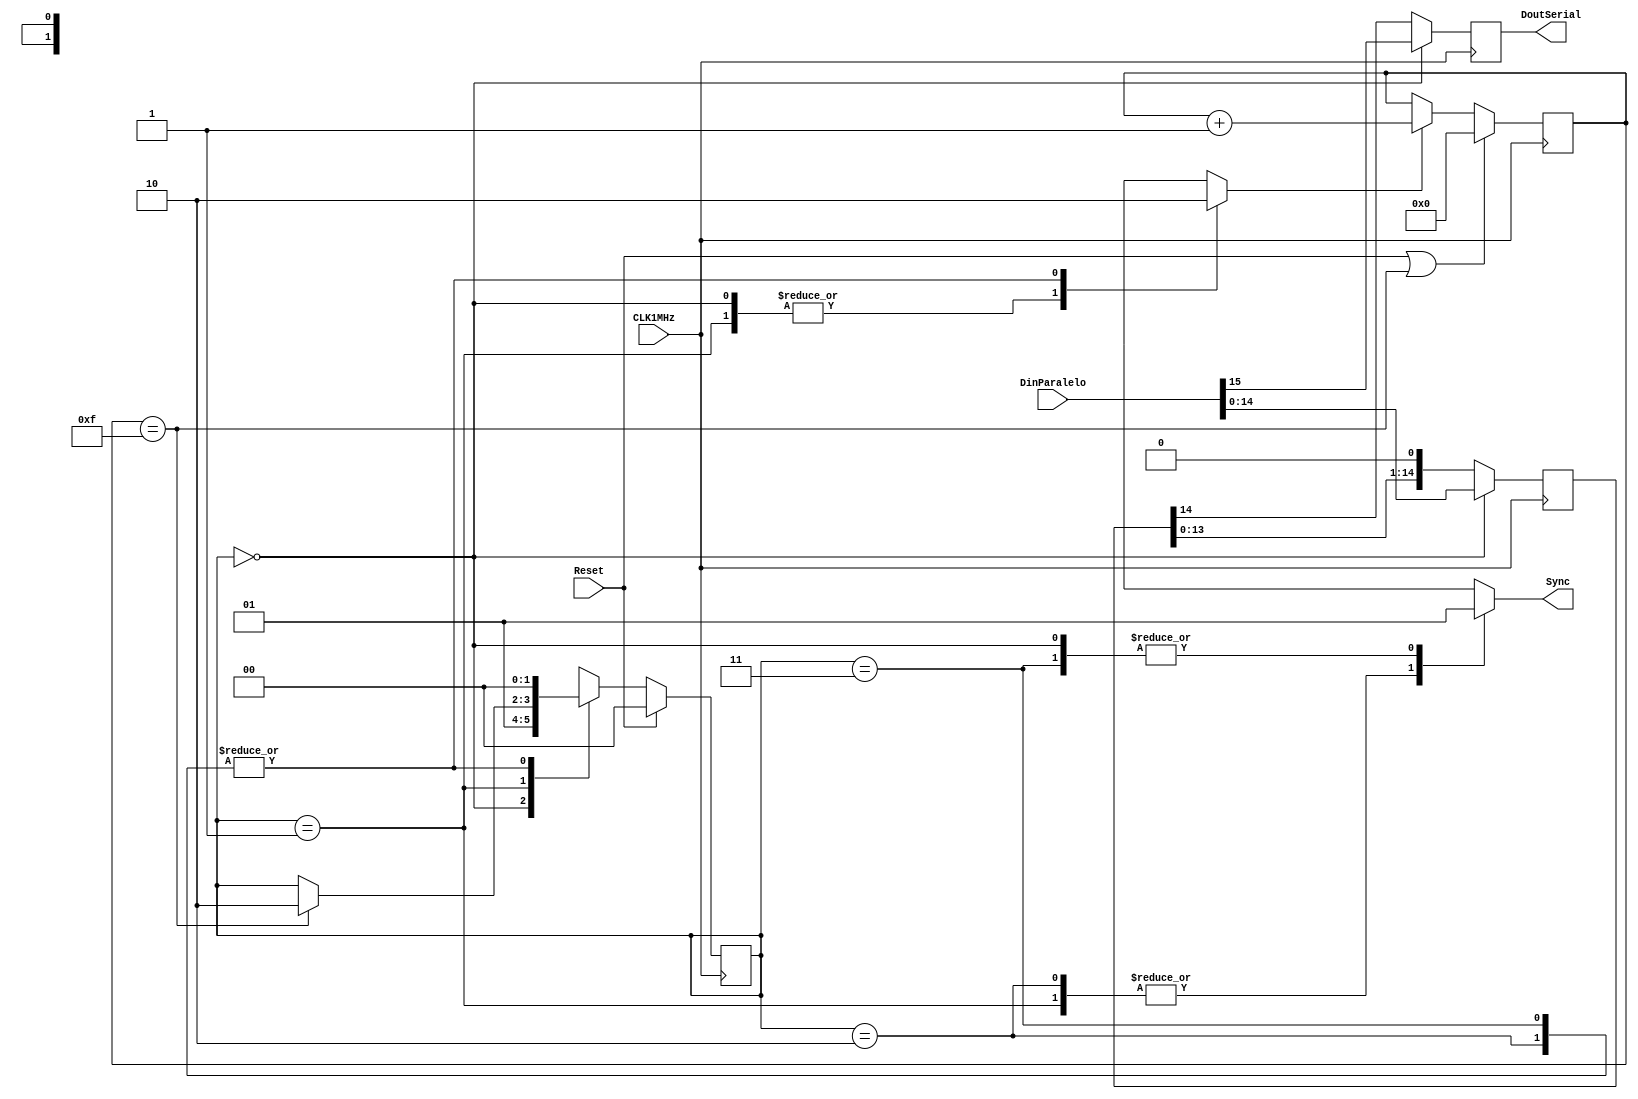
`timescale 1ns / 1ps
//////////////////////////////////////////////////////////////////////////////////
//	Laboratorio de Diseo Digital
// Proyecto de diseo #1
// Mdulo de envo serial de los datos del DAC
// Diego Brenes Martnez
// Francisco Chacn Cambronero
//////////////////////////////////////////////////////////////////////////////////
module EnvioDAC(
    input Reset, CLK1MHz,
    input wire [15:0] DinParalelo,
    output reg Sync,
    output reg DoutSerial
    );
	
	localparam estado0 = 2'd0,
				  estado1 = 2'd1,
				  estado2 = 2'd2,
				  estado3_placeholder = 2'd3,
				  piso_shift = 5'd16;
	
	reg [1:0] estadoactual;
	reg [1:0] estadosiguiente;
	reg [piso_shift-2:0] reg_almac;
	reg Enable;
	
	//Cuenta de control----------------------------------------------------------------------------------------
	
	reg [3:0] Cuenta;
   
   always @(posedge CLK1MHz) begin
		if(Reset || Cuenta == 4'd15)
			Cuenta <= 4'b0;
		else if(Enable)
			Cuenta <= Cuenta + 1;
		else
			Cuenta <= Cuenta;
	end
	
	//---------------------------------------------------------------------------------------------------------

	always @(posedge CLK1MHz) begin
		if(Reset)
			estadoactual <= estado0;
		else
			estadoactual <= estadosiguiente;
	end
	
	always @( * ) begin
		
		estadosiguiente = estadoactual;
		
		case(estadoactual)
		
			estado0 : begin estadosiguiente = estado1; end
			
			estado1 : begin 
				if(Cuenta == 4'd15)
					estadosiguiente = estado2;
			end
			
			estado2 : begin estadosiguiente = estado0; end
			
			estado3_placeholder : begin estadosiguiente = estado0; end
		
		endcase
		
	end
	
	always @( * ) begin
		
		Sync = 1'b1;
		Enable = 1'b0;
		
		case(estadoactual)
			estado0 : begin Sync = 1'b1; Enable = 1'b1; end
			estado1 : begin Sync = 1'b0; Enable = 1'b1; end
			estado2 : begin Sync = 1'b0; Enable = 1'b0; end
			estado3_placeholder : begin Sync = 1'b1; Enable = 1'b0; end
		endcase
		
	end

   always @(posedge CLK1MHz)
      if(estadoactual == estado0) begin
			reg_almac <= DinParalelo[piso_shift-2:0]; //14:0
			DoutSerial <= DinParalelo[15];
      end
      else begin
			reg_almac <= {reg_almac[piso_shift-3:0], 1'b0}; //15:1, 0 
			DoutSerial <= reg_almac[14];
      end

endmodule